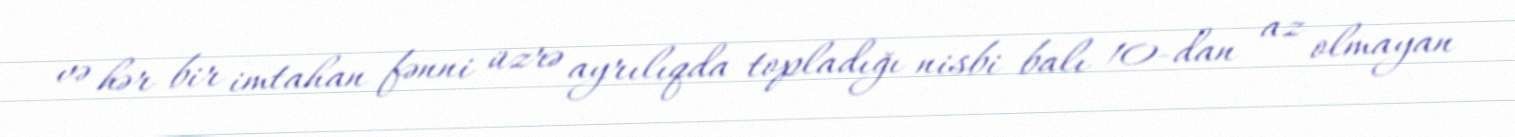
və hər bir imtahan fənni üzrə ayrılıqda topladığı nisbi balı 10-dan az olmayan